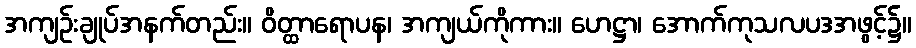
အကျဉ်းချုပ်အနက်တည်း။ ဝိတ္ထာရောပန၊ အကျယ်ကိုကား။ ဟေဋ္ဌာ၊ အောက်ကုသလပဒအဖွင့်၌။